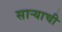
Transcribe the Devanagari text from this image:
साऱ्याची